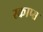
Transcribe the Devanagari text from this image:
स्काप्स